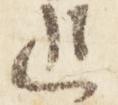
追